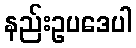
နည်းဥပဒေပါ